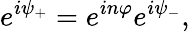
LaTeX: e^{i\psi_{+}}=e^{in\varphi}e^{i\psi_{-}},